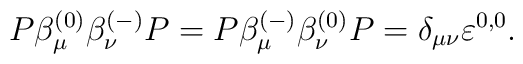
P\beta _\mu ^{(0)}\beta _\nu ^{(-)}P=P\beta _\mu ^{(-)}\beta _\nu^{(0)}P=\delta _{\mu \nu }\varepsilon ^{0,0} .